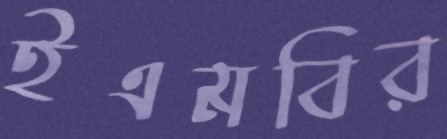
ইএমবির